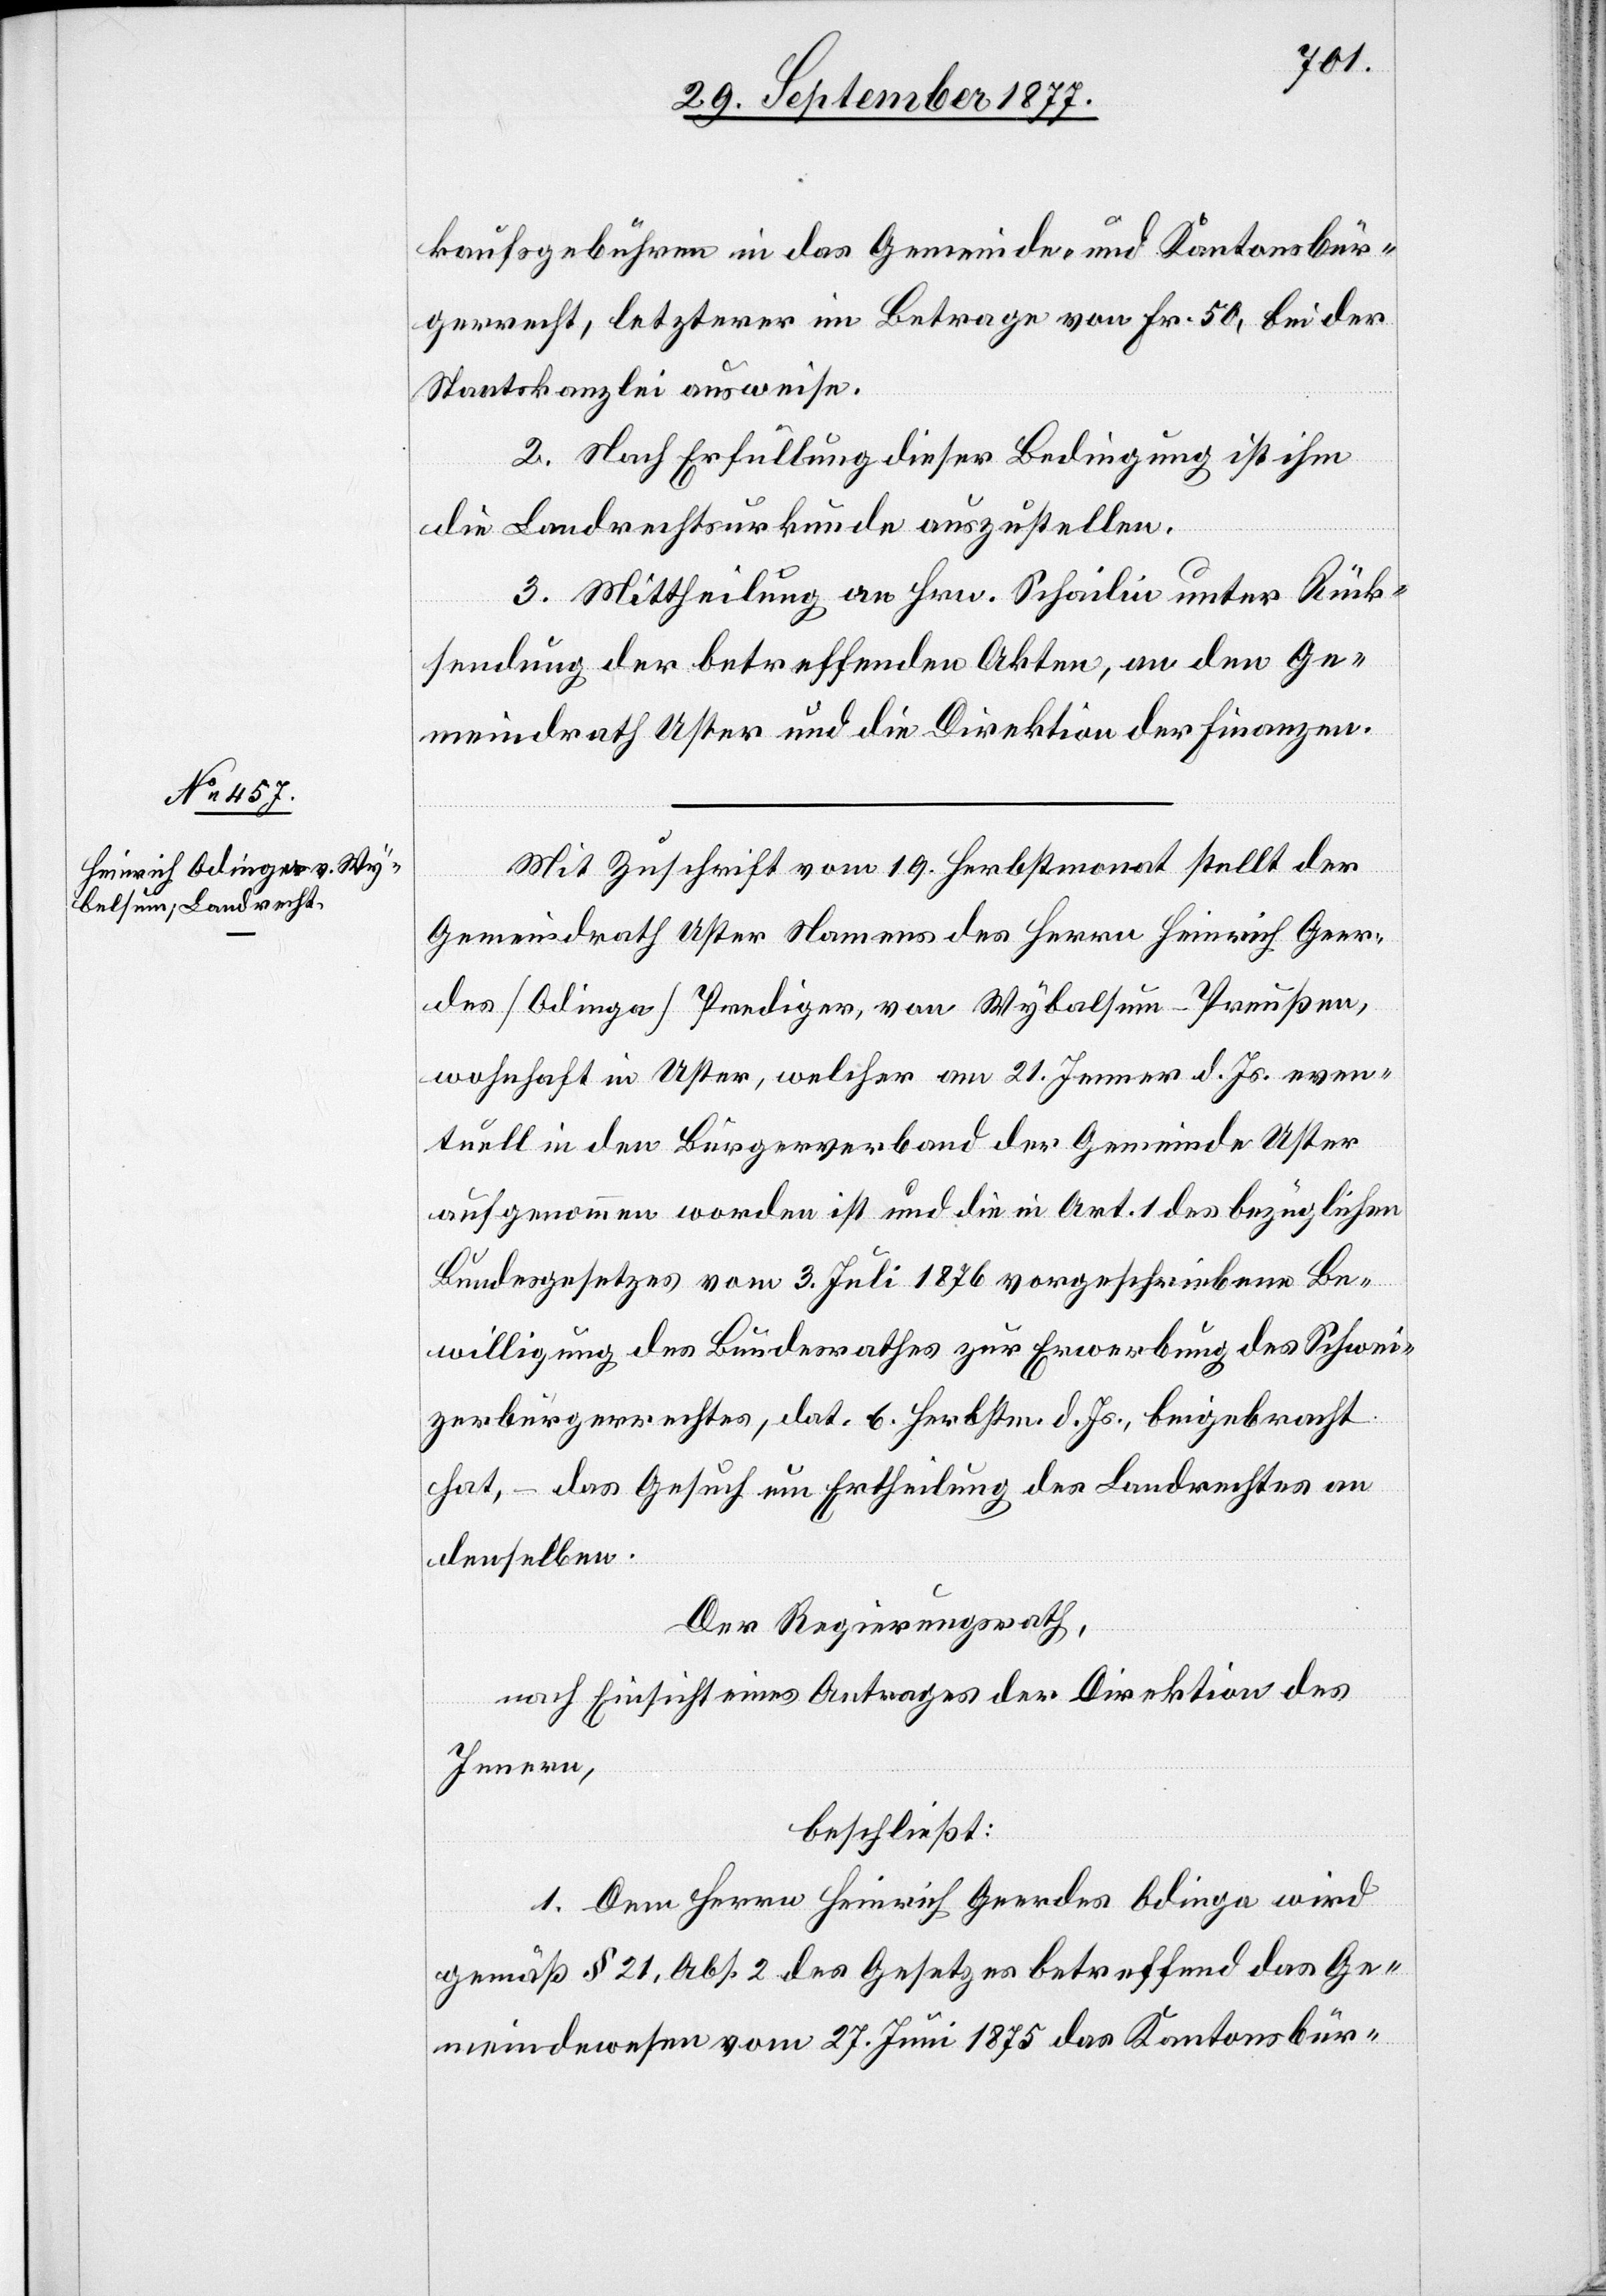
kaufsgebühren in das Gemeinde- und Kantonsbür¬
gerrecht, letzterer im Betrage von Fr. 50, bei der
Staatskanzlei ausweise.
2. Nach Erfüllung dieser Bedingung ist ihm
die Landrechtsurkunde auszustellen.
3. Mittheilung an Hrn. Schailin unter Rück¬
sendung der betreffenden Akten, an den Ge¬
meindrath Uster und die Direktion der Finanzen.
Mit Zuschrift vom 19. Herbstmonat stellt der
Gemeindrath Uster Namens des Herrn Heinrich Geer¬
des [Odinga] Prediger, von Wybalsum - Preußen,
wohnhaft in Uster, welcher am 21. Jenner d. Js. even¬
tuell in den Bürgerverband der Gemeinde Uster
aufgenommen worden ist und die in Art. 1 des bezüglichen
Bundesgesetzes vom 3. Juli 1876 vorgeschriebene Be¬
willigung des Bundesrathes zur Erwerbung des Schwei¬
zerbürgerrechtes, dat. 6. Herbstm. d. Js., beigebracht
hat, – das Gesuch um Ertheilung des Landrechtes an
denselben.
Der Regierungsrath,
nach Einsicht eines Antrages der Direktion des
Innern,
beschließt:
1. Dem Herrn Heinrich Geerdes Odinga wird
gemäß § 21, Abs. 2 des Gesetzes betreffend das Ge¬
meindewesen vom 27. Juni 1875 das Kantonsbür-